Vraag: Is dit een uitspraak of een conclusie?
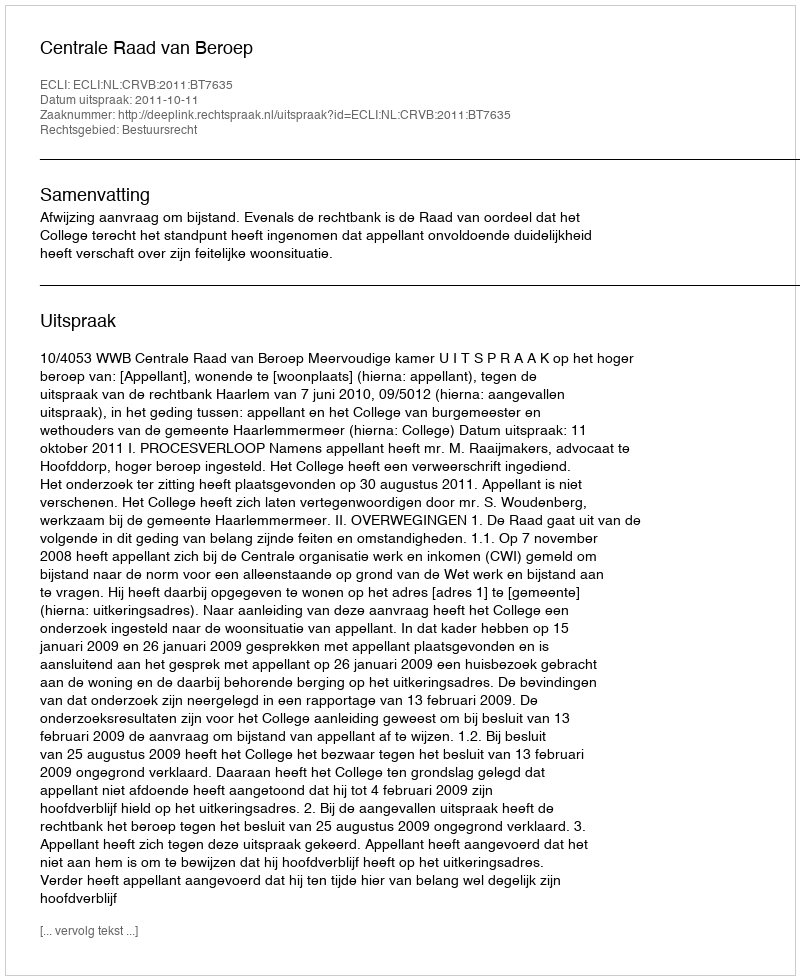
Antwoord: Uitspraak